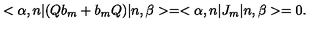
< \alpha , n | ( Q b _ { m } + b _ { m } Q ) | n , \beta > = < \alpha , n | J _ { m } | n , \beta > = 0 .